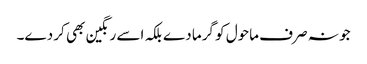
جو نہ صرف ماحول کو گرما دے بلکہ اسے رنگین بھی کر دے۔